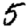
Digit: 5